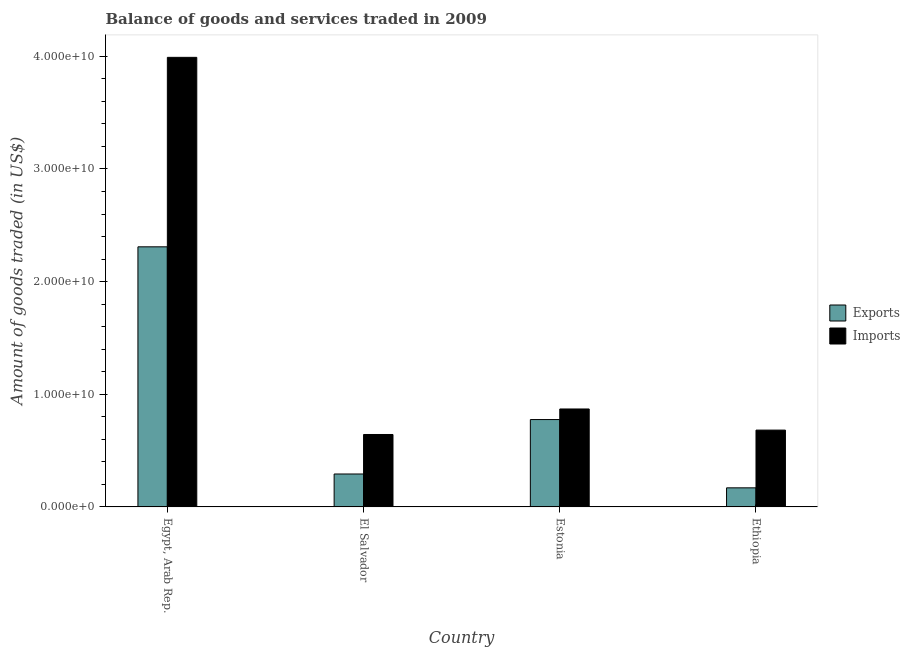
| Country | Exports | Imports |
 | --- | --- | --- |
 | Egypt, Arab Rep. | 2.31e+10 | 3.99e+10 |
 | El Salvador | 2.92e+09 | 6.43e+09 |
 | Estonia | 7.76e+09 | 8.69e+09 |
 | Ethiopia | 1.69e+09 | 6.82e+09 |